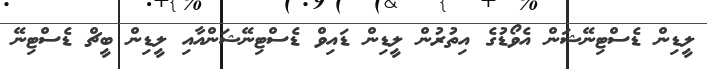
ލީޑިން ޑެސްޓިނޭޝަން އެވޯޑުގެ އިތުރުން ލީޑިން ޑައިވް ޑެސްޓިނޭޝަންއާއި ލީޑިން ބީޗް ޑެސްޓިނޭ